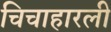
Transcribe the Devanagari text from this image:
चिचाहारली